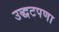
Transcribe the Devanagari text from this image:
उद्धटपणा